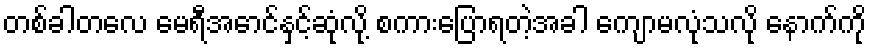
တစ်ခါတလေ မေရီအောင်နှင့်ဆုံလို့ စကားပြောရတဲ့အခါ ကျောမလုံသလို နောက်ကို